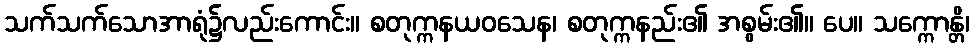
သက်သက်သောအာရုံ၌လည်းကောင်း။ စတုက္ကနယဝသေန၊ စတုက္ကနည်း၏ အစွမ်း၏။ ပေ။ သက္ကောန္တိ၊